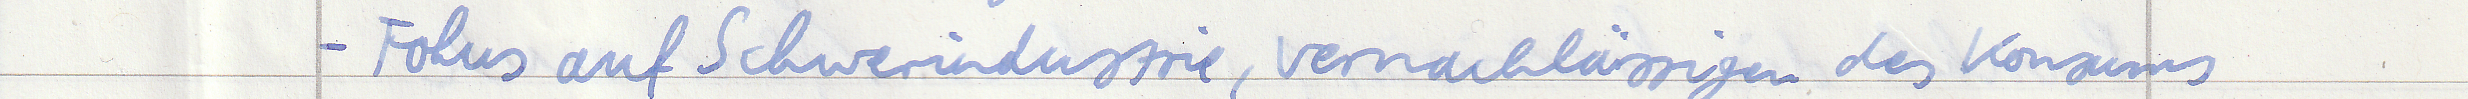
- Fokus auf Schwerindustrie, vernachlässigen des Konsums